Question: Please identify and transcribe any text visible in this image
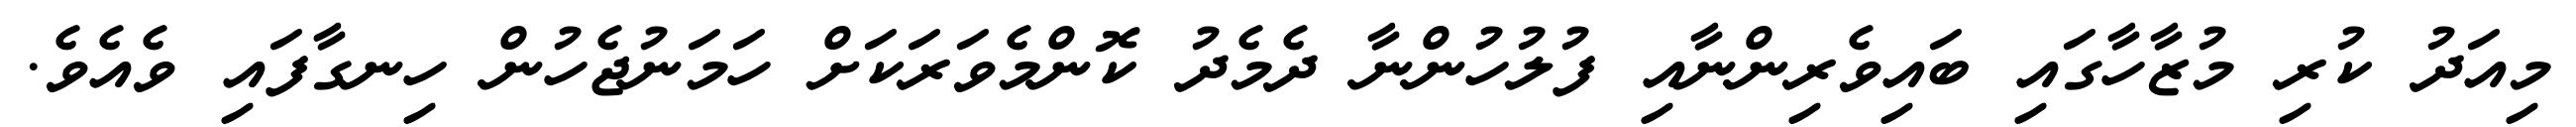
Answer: މިއަދު ކުރި މުޒާހާގައި ބައިވެރިންނާއި ފުލުހުންނާ ދެމެދު ކޮންމެވަރަކަށް ހަމަނުޖެހުން ހިނގާފައި ވެއެވެ.